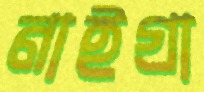
নাইগ্রা